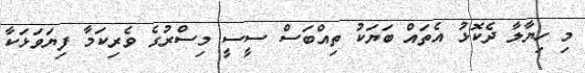
މި ހިޔާލާ ދެކޮޅު އެތައް ބަޔަކު ތިއްބަސް ސީސީ މިސްރުގެ ވެރިކަމާ ފިޔަވަޅަކާ